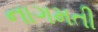
નાગમતી